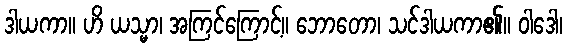
ဒါယကာ။ ဟိ ယသ္မာ၊ အကြင်ကြောင့်။ ဘောတော၊ သင်ဒါယကာ၏။ ဝါဒေါ၊